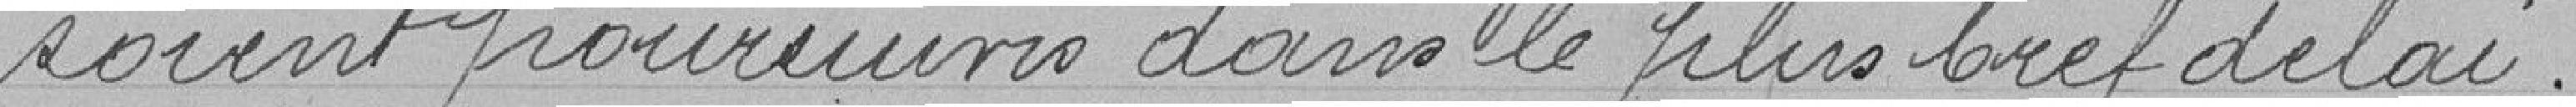
soient poursuivis dans le plus bref délai.